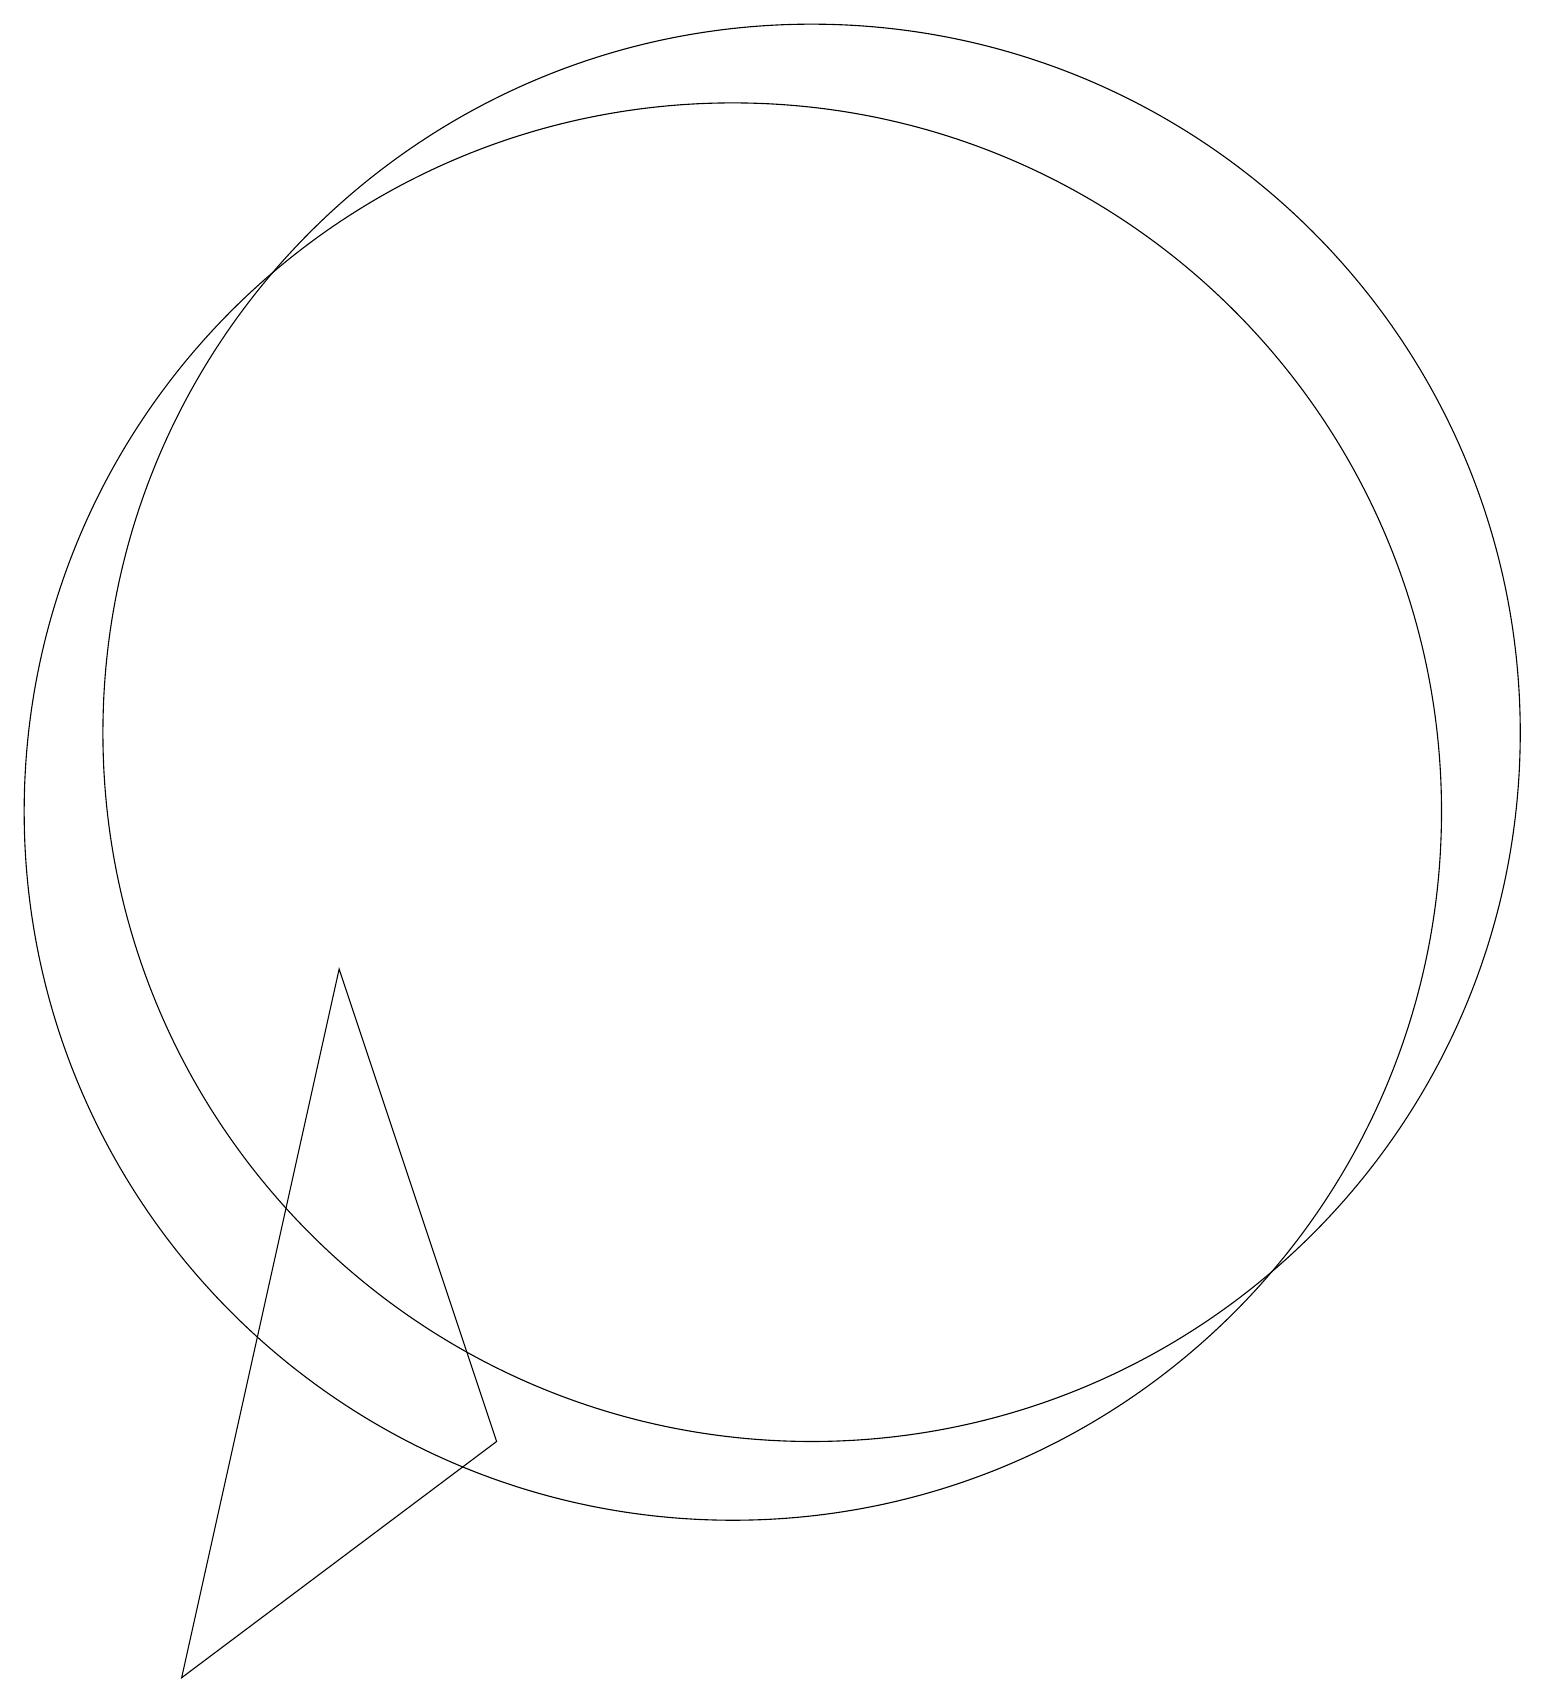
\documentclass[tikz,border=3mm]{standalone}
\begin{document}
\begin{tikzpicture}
\draw (8,3) -- (6,9) -- (4,0) -- cycle;
\draw (12,12) circle (9);
\draw (11,11) circle (9);
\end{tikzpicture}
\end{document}